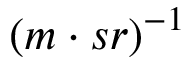
( m \cdot s r ) ^ { - 1 }